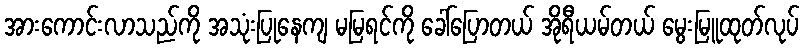
အားကောင်းလာသည်ကို အသုံးပြုနေကျ မမြရင်ကို ခေါ်ပြောတယ် အိုရီယမ်တယ် မွေးမြူထုတ်လုပ်